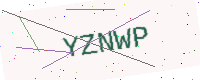
Text: YZNWP